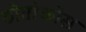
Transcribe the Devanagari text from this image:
ठोतोकोस